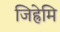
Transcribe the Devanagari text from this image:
जिह्रेमि